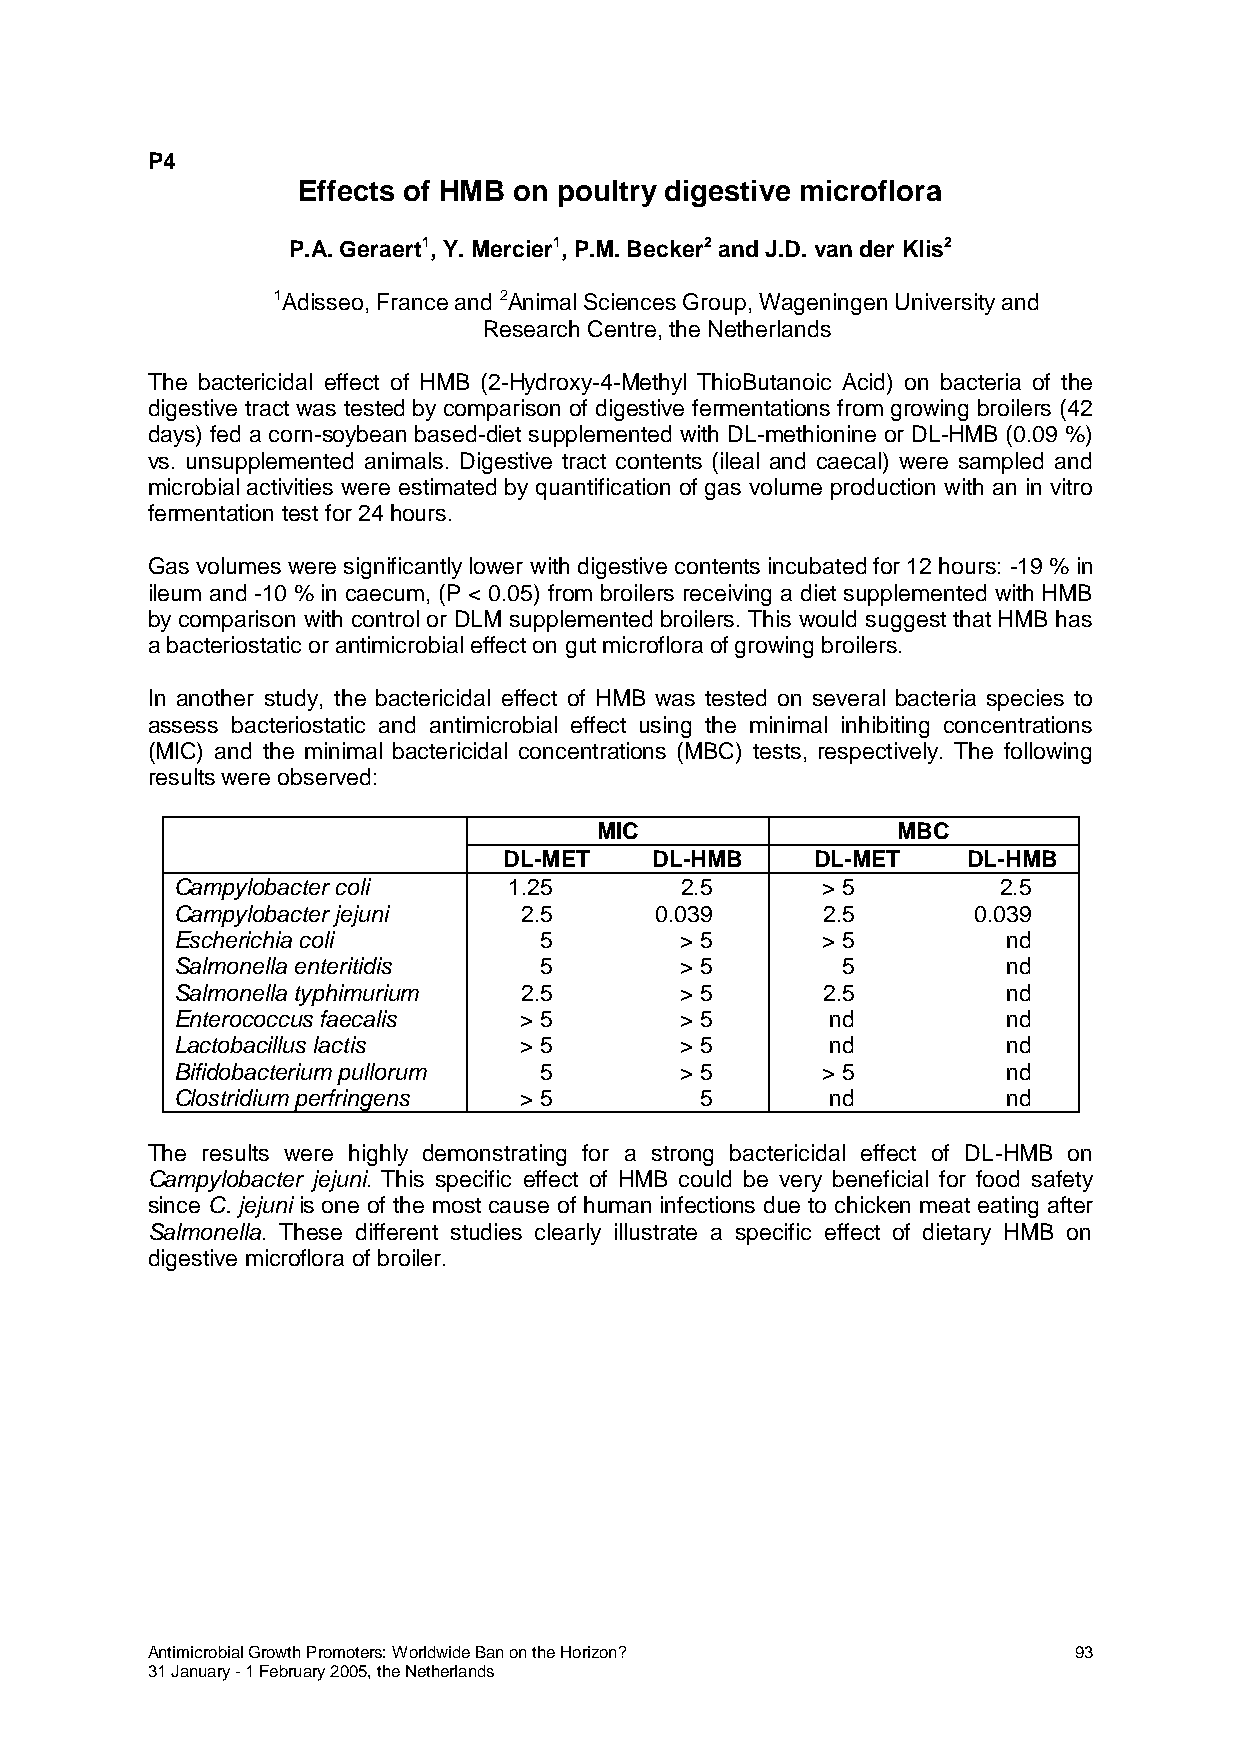
P4
 Effects of HMB on poultry digestive microflora
 P.A. Geraert1, Y. Mercier1, P.M. Becker2 and J.D. van der Klis2
 1Adisseo, France and 2Animal Sciences Group, Wageningen University and
 Research Centre, the Netherlands
 The bactericidal effect of HMB (2-Hydroxy-4-Methyl ThioButanoic Acid) on bacteria of the
 digestive tract was tested by comparison of digestive fermentations from growing broilers (42
 days) fed a corn-soybean based-diet supplemented with DL-methionine or DL-HMB (0.09 %)
 vs. unsupplemented animals. Digestive tract contents (ileal and caecal) were sampled and
 microbial activities were estimated by quantification of gas volume production with an in vitro
 fermentation test for 24 hours.
 Gas volumes were significantly lower with digestive contents incubated for 12 hours: -19 % in
 ileum and -10 % in caecum, (P < 0.05) from broilers receiving a diet supplemented with HMB
 by comparison with control or DLM supplemented broilers. This would suggest that HMB has
 a bacteriostatic or antimicrobial effect on gut microflora of growing broilers.
 In another study, the bactericidal effect of HMB was tested on several bacteria species to
 assess bacteriostatic and antimicrobial effect using the minimal inhibiting concentrations
 (MIC) and the minimal bactericidal concentrations (MBC) tests, respectively. The following
 results were observed:
 MIC                 MBC
 DL-MET    DL-HMB     DL-MET    DL-HMB
 Campylobacter coli    1.25       2.5      > 5         2.5
 Campylobacter jejuni  2.5      0.039      2.5       0.039
 Escherichia coli        5        > 5      > 5          nd
 Salmonella enteritidis  5        > 5        5          nd
 Salmonella typhimurium 2.5       > 5      2.5          nd
 Enterococcus faecalis > 5        > 5       nd          nd
 Lactobacillus lactis  > 5        > 5       nd          nd
 Bifidobacterium pullorum 5       > 5      > 5          nd
 Clostridium perfringens > 5       5        nd          nd
 The results were highly demonstrating for a strong bactericidal effect of DL-HMB on
 Campylobacter jejuni. This specific effect of HMB could be very beneficial for food safety
 since C. jejuni is one of the most cause of human infections due to chicken meat eating after
 Salmonella. These different studies clearly illustrate a specific effect of dietary HMB on
 digestive microflora of broiler.
 Antimicrobial Growth Promoters: Worldwide Ban on the Horizon? 93
 31 January - 1 February 2005, the Netherlands